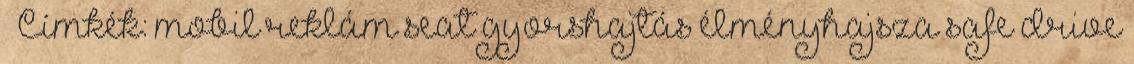
– Címkék: mobil reklám seat gyorshajtás élményhajsza safe drive